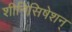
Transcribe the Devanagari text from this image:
शीनिसिषेशन्